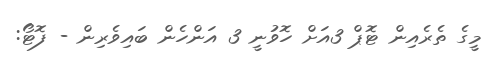
މީގެ ތެރެއިން ޓޮޕް 3އަށް ހޮވުނީ 3 އަންހެން ބައިވެރިން - ފޮޓޯ: